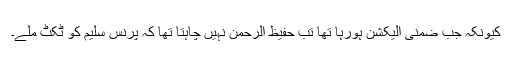
کیونکہ جب ضمنی الیکشن ہورہا تھا تب حفیظ الرحمن نہیں چاہتا تھا کہ پرنس سلیم کو ٹکٹ ملے۔